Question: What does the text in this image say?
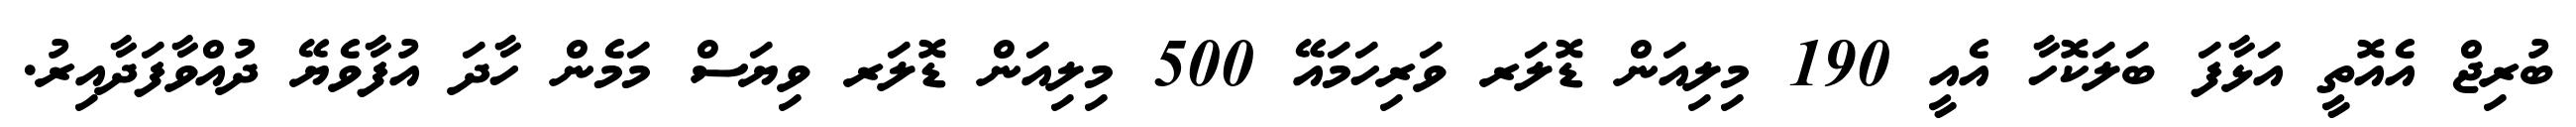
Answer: ބުރިޖް އެއޮތީ އަޅާފަ ބަލަކޮހާ އެއީ 190 މިލިއަން ޑޮލަރ ވަރިހަމައޭ 500 މިލިއަން ޑޮލަރ ވިޔަސް މަމެން ހާދަ އުފާވެޔޭ ދުއްވާފަދާއިރު.